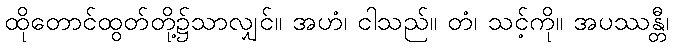
ထိုတောင်ထွတ်တို့၌သာလျှင်။ အဟံ၊ ငါသည်။ တံ၊ သင့်ကို။ အပဿန္တီ၊